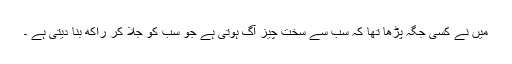
میں نے کسی جگہ پڑھا تھا کہ سب سے سخت چیز آگ ہوتی ہے جو سب کو جلا کر راکھ بنا دیتی ہے ۔